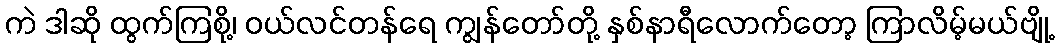
ကဲ ဒါဆို ထွက်ကြစို့၊ ဝယ်လင်တန်ရေ ကျွန်တော်တို့ နှစ်နာရီလောက်တော့ ကြာလိမ့်မယ်ဗျို့